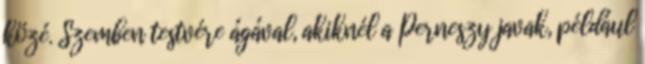
közé. Szemben testvére ágával, akiknél a Perneszy javak, például